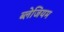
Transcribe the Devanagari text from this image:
ब्लेजियम